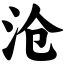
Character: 沧